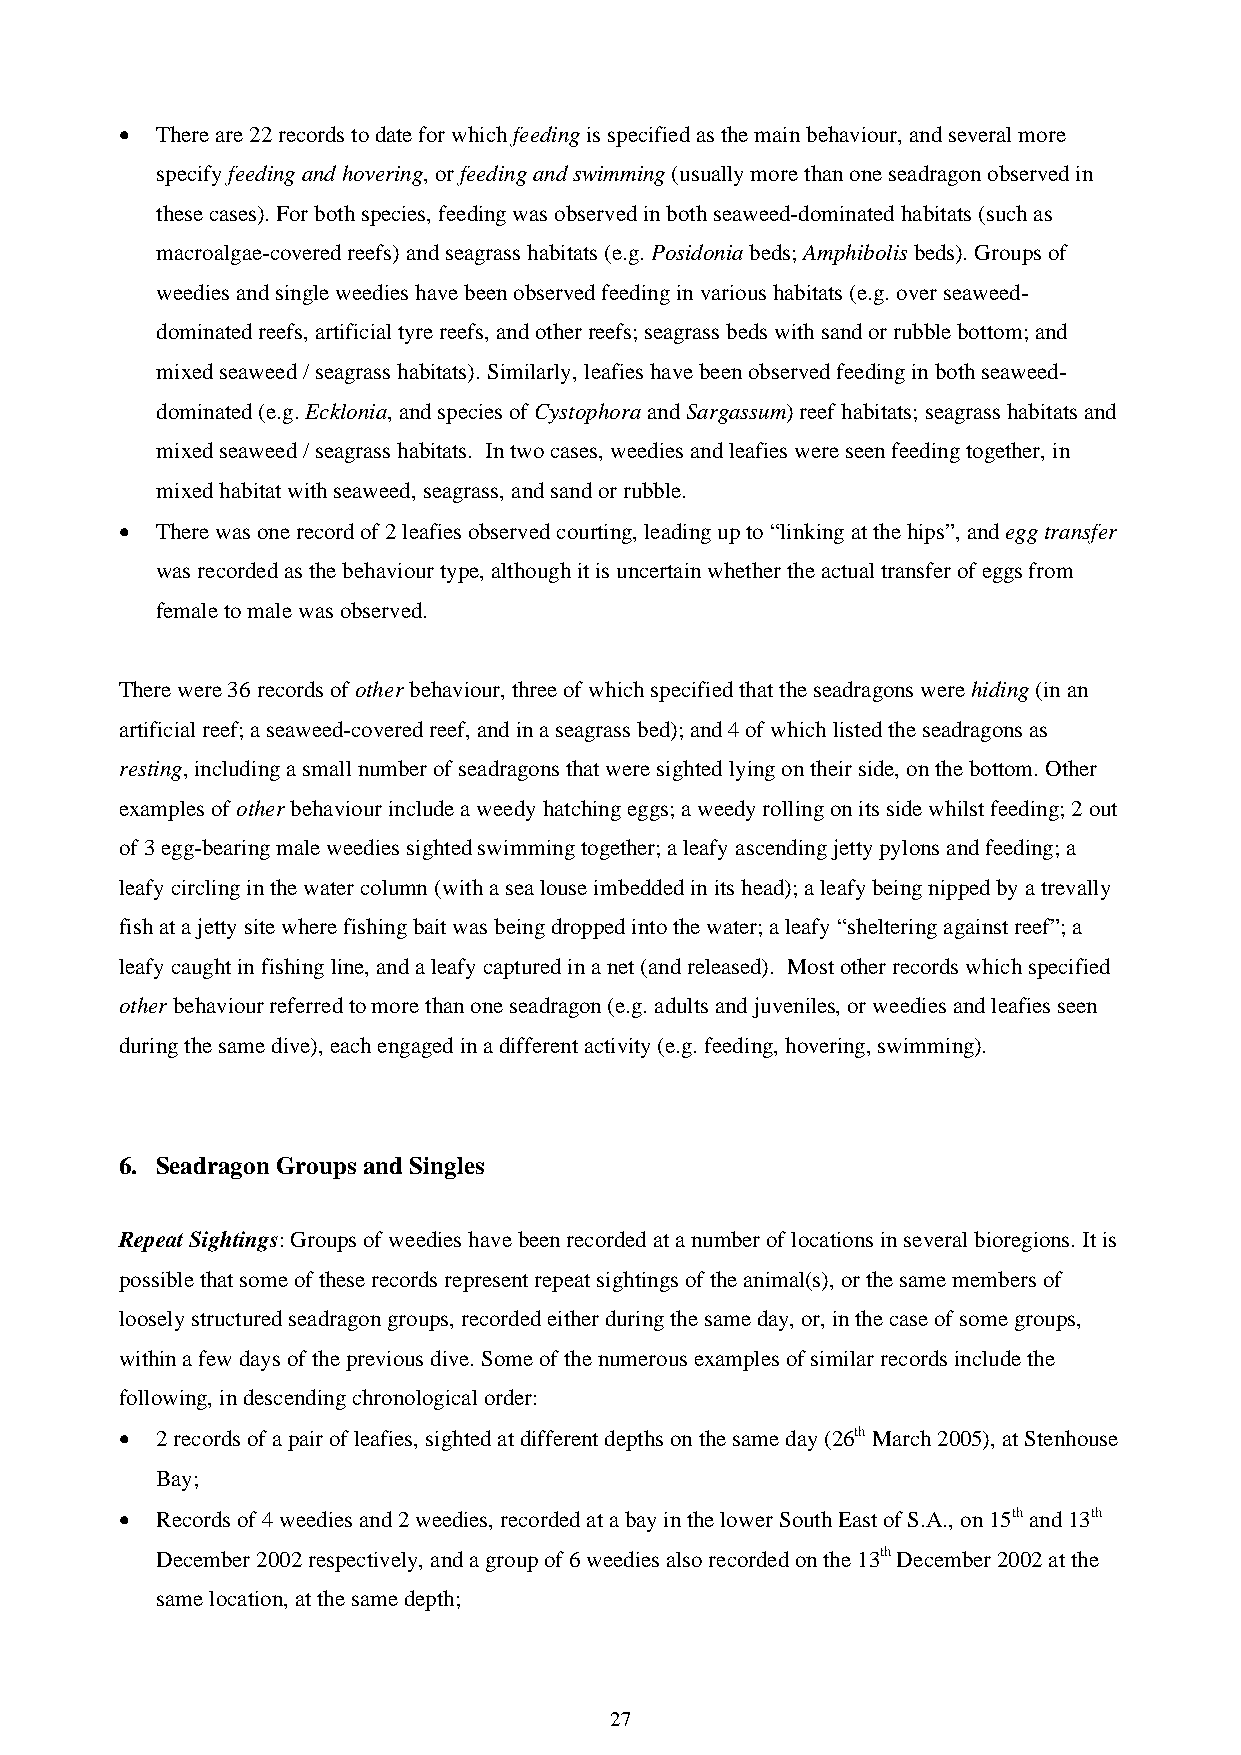
• There are 22 records to date for which feeding is specified as the main behaviour, and several more
 specify feeding and hovering, or feeding and swimming (usually more than one seadragon observed in
 these cases). For both species, feeding was observed in both seaweed-dominated habitats (such as
 macroalgae-covered reefs) and seagrass habitats (e.g. Posidonia beds; Amphibolis beds). Groups of
 weedies and single weedies have been observed feeding in various habitats (e.g. over seaweed-
 dominated reefs, artificial tyre reefs, and other reefs; seagrass beds with sand or rubble bottom; and
 mixed seaweed / seagrass habitats). Similarly, leafies have been observed feeding in both seaweed-
 dominated (e.g. Ecklonia, and species of Cystophora and Sargassum) reef habitats; seagrass habitats and
 mixed seaweed / seagrass habitats. In two cases, weedies and leafies were seen feeding together, in
 mixed habitat with seaweed, seagrass, and sand or rubble.
 • There was one record of 2 leafies observed courting, leading up to “linking at the hips”, and egg transfer
 was recorded as the behaviour type, although it is uncertain whether the actual transfer of eggs from
 female to male was observed.
 There were 36 records of other behaviour, three of which specified that the seadragons were hiding (in an
 artificial reef; a seaweed-covered reef, and in a seagrass bed); and 4 of which listed the seadragons as
 resting, including a small number of seadragons that were sighted lying on their side, on the bottom. Other
 examples of other behaviour include a weedy hatching eggs; a weedy rolling on its side whilst feeding; 2 out
 of 3 egg-bearing male weedies sighted swimming together; a leafy ascending jetty pylons and feeding; a
 leafy circling in the water column (with a sea louse imbedded in its head); a leafy being nipped by a trevally
 fish at a jetty site where fishing bait was being dropped into the water; a leafy “sheltering against reef”; a
 leafy caught in fishing line, and a leafy captured in a net (and released). Most other records which specified
 other behaviour referred to more than one seadragon (e.g. adults and juveniles, or weedies and leafies seen
 during the same dive), each engaged in a different activity (e.g. feeding, hovering, swimming).
 6. Seadragon Groups and Singles
 Repeat Sightings: Groups of weedies have been recorded at a number of locations in several bioregions. It is
 possible that some of these records represent repeat sightings of the animal(s), or the same members of
 loosely structured seadragon groups, recorded either during the same day, or, in the case of some groups,
 within a few days of the previous dive. Some of the numerous examples of similar records include the
 following, in descending chronological order:
 • 2 records of a pair of leafies, sighted at different depths on the same day (26th March 2005), at Stenhouse
 Bay;
 • Records of 4 weedies and 2 weedies, recorded at a bay in the lower South East of S.A., on 15th and 13th
 December 2002 respectively, and a group of 6 weedies also recorded on the 13th December 2002 at the
 same location, at the same depth;
 27